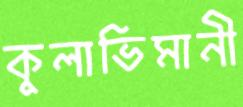
কুলাভিমানী